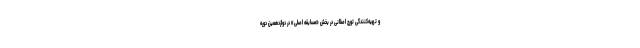
و تهيه‌كنندگى تورج اصلانى در بخش «مسابقه اصلی» در دوازدهمين دوره